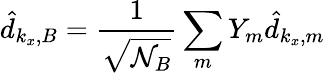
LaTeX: \hat{d}_{k_{x},B}={\frac{1}{\sqrt{\mathcal{N}_{B}}}}\sum_{m}Y_{m}\hat{d}_{k_{x},m}